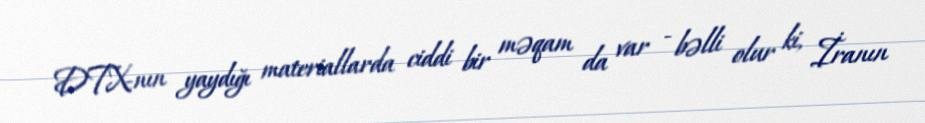
DTX-nın yaydığı materiallarda ciddi bir məqam da var - bəlli olur ki, İranın